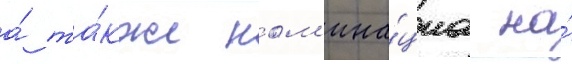
а́ та́кже ном'ина́циа на́